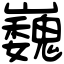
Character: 巍